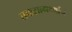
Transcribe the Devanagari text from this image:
तपःसामर्थ्याने